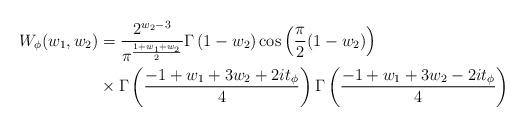
LaTeX: \begin{align*} W_\phi(w_1, w_2)&= \frac{2^{w_2-3}}{\pi^{\frac{1+w_1+w_2}{2}}}\Gamma\left(1-w_2\right)\cos\left(\frac{\pi}{2}(1-w_2)\right)\\&\times \Gamma\left(\frac{-1+w_1+3w_2 +2it_\phi}{4}\right)\Gamma\left(\frac{-1+w_1+3w_2 -2it_\phi}{4} \right)\end{align*}